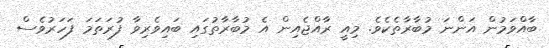
ބާއްވަމުން އަންނަ މުބާރާތެކެވެ. މިއީ ރާއްޖެއިން އެ މުބާރާތުގައި ބައިވެރިވާ ފުރަތަމަ ފަހަރުވެސް